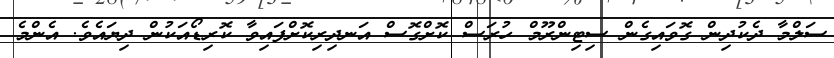
ސަލްމާ ދެކުދިން ގޮވައިގެން ސިޓިންރޫމް ހުރަސް ކޮށްގޮސް އަނދިރިކޮށްފައިވާ ކޮރިޑޯއަކުން ދިޔައެވެ. އެންމެ